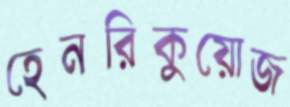
হেনরিকুয়োজ